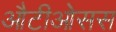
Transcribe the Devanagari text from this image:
औटीओसस